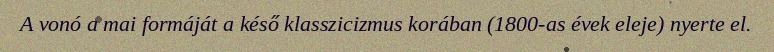
A vonó a mai formáját a késő klasszicizmus korában (1800-as évek eleje) nyerte el.